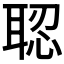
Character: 𦖆